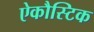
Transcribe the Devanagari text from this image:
ऐकौस्टिक